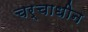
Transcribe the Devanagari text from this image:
चर्चाधीन